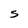
Character: S